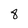
Character: 8